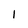
Character: I